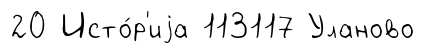
20 Исто́р'иjа 113117 Уланово